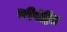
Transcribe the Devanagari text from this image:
परिवेष्ठित